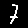
Digit: 7